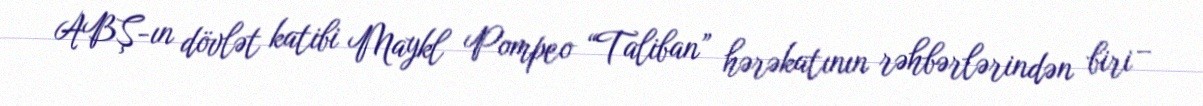
ABŞ-ın dövlət katibi Maykl Pompeo “Taliban” hərəkatının rəhbərlərindən biri –